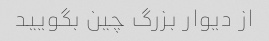
از دیوار بزرگ چین بگویید